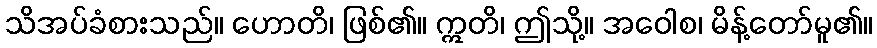
သိအပ်ခံစားသည်။ ဟောတိ၊ ဖြစ်၏။ ဣတိ၊ ဤသို့။ အဝေါစ၊ မိန့်တော်မူ၏။